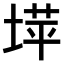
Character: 𫮉